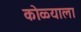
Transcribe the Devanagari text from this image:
कोळ्याला